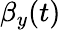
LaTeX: \beta_{y}(t)